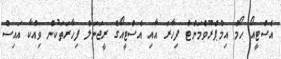
އެސްޓީއޯ ހޯމް އިމްޕްރޫވްމަންޓް ފިހާރަ އާއި އެސްޓީއޯގެ ރީޖަނަލް ފިހާރަތަކުން ވިއްކާ އައިސް